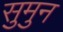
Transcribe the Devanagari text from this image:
सुमुन